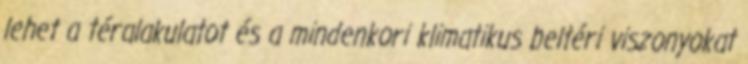
lehet a téralakulatot és a mindenkori klimatikus beltéri viszonyokat